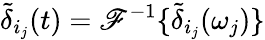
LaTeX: \tilde{\delta}_{i_{j}}(t)=\mathscr{F}^{-1}\{ \tilde{\delta}_{i_{j}}(\omega_{j})\}